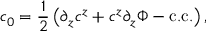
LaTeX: c _ { 0 } = \frac { 1 } { 2 } \left( \partial _ { z } c ^ { z } + c ^ { z } \partial _ { z } \Phi - \mathrm { c . c . } \right) ,